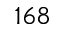
1 6 8